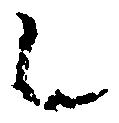
之